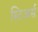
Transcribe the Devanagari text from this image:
स्टिअर्स